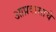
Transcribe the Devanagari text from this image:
आप्रवासाचे